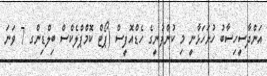
އަންދާސީހިސާބު ހުށަހަޅާނީ މި ކުންފުނީގެ ހެޑްއޮފީސް (ޕޯޓް ކޮމްޕްލެކްސް ބިލްޑިންގ 7 ވަނަ